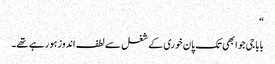
“
بابا جی جو ابھی تک پان خوری کے شغل سے لطف اندوز ہو رہے تھے۔